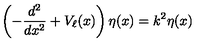
\left( - \frac { d ^ { 2 } } { d x ^ { 2 } } + V _ { \ell } ( x ) \right) \eta ( x ) = k ^ { 2 } \eta ( x )